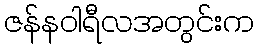
ဇန်နဝါရီလအတွင်းက